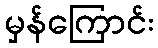
မှန်ကြောင်း